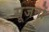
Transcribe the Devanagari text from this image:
सूजनों